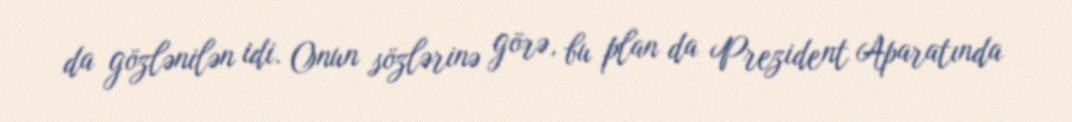
da gözlənilən idi. Onun sözlərinə görə, bu plan da Prezident Aparatında